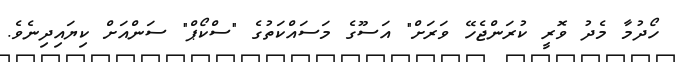
ހޯދުމާ މެދު ވޮރީ ކުރަންޖެހޭ ވަރަށް" އަސޫގެ މަސައްކަތުގެ "ސްކޯޕް" ސަންއަށް ކިޔައިދިނެވެ.